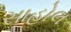
સાહોલ